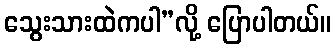
သွေးသားထဲကပါ”လို့ ပြောပါတယ်။